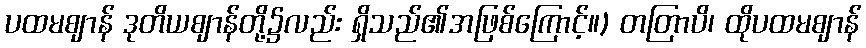
ပထမဈာန် ဒုတိယဈာန်တို့၌လည်း ရှိသည်၏အဖြစ်ကြောင့်။) တတြာပိ၊ ထိုပထမဈာန်